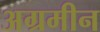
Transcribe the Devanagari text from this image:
अग्रमीन